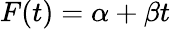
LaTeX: F(t)=\alpha+\beta t